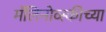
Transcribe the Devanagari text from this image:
मॅलिनोव्स्कीच्या